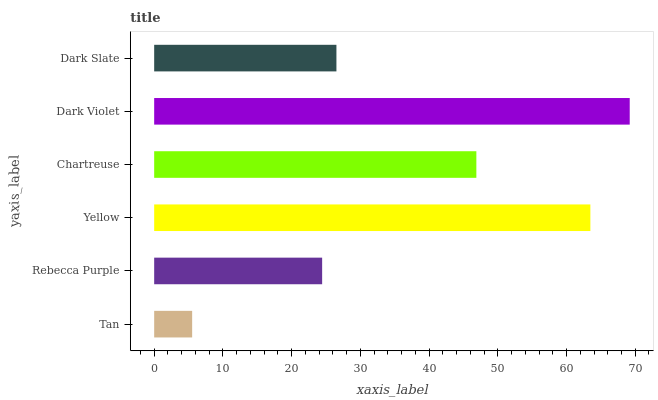
| yaxis_label | bars |
 | --- | --- |
 | Tan | 5.53 |
 | Rebecca Purple | 24.4 |
 | Yellow | 63.5 |
 | Chartreuse | 46.9 |
 | Dark Violet | 69.2 |
 | Dark Slate | 26.5 |